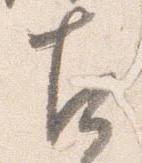
古